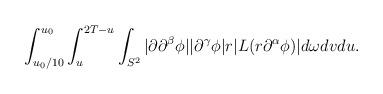
LaTeX: \begin{align*} \begin{aligned} \int_{u_0 / 10}^{u_0} \int_u^{2 T - u} \int_{S^2} |\partial \partial^\beta \phi| |\partial^\gamma \phi| r |L(r \partial^\alpha \phi)| d \omega d v d u. \end{aligned}\end{align*}